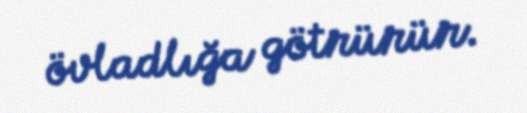
övladlığa götrürür.